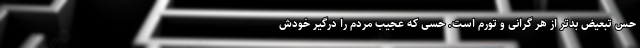
حس تبعیض بدتر از هر گرانی و تورم است. حسی که عجیب مردم را درگیر خودش